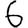
Digit: 6